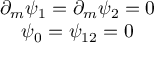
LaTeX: \begin{array} { c } { { \partial _ { m } \psi _ { 1 } = \partial _ { m } \psi _ { 2 } = 0 } } \\ { { \psi _ { 0 } = \psi _ { 1 2 } = 0 } } \end{array}